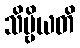
သိဗ္ဗိယတိ